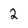
Character: 2